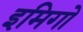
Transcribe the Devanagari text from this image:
इमिगो